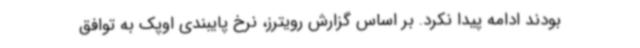
بودند ادامه پیدا نکرد. بر اساس گزارش رویترز، نرخ پایبندی اوپک به توافق